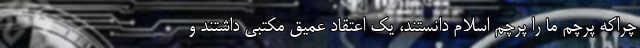
چراکه پرچم ما را پرچم اسلام دانستند، یک اعتقاد عمیق مکتبی داشتند و